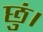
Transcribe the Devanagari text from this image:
छुं।